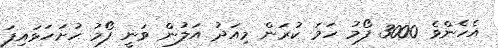
އެހެންވެ 3000 ފޯމު ހަމަ ކުރަން މިއަދު އަލުން ވަނީ ފޯމު ހުށަހަޅައިފަ